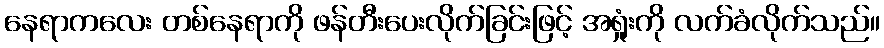
နေရာကလေး တစ်နေရာကို ဖန်တီးပေးလိုက်ခြင်းဖြင့် အရှုံးကို လက်ခံလိုက်သည်။